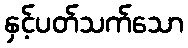
နှင့်ပတ်သက်သော